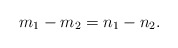
\begin{align*}m_1-m_2=n_1-n_2.\end{align*}